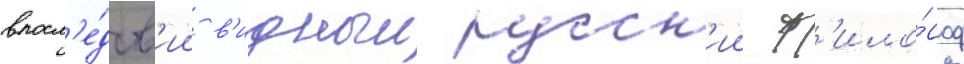
впосл'е́дств'ии в'идныи русск'ии ф'ило́соф